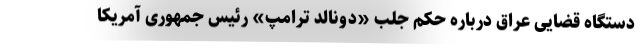
دستگاه قضایی عراق درباره حکم جلب «دونالد ترامپ» رئیس جمهوری آمریکا